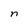
Character: n